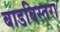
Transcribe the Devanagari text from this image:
बाडबिस्तरा